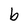
Character: b